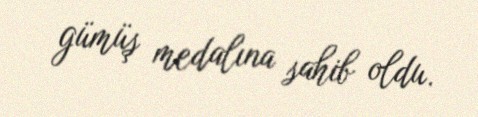
gümüş medalına sahib oldu.